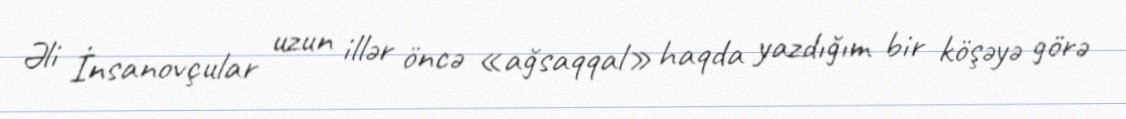
Əli İnsanovçular uzun illər öncə «ağsaqqal» haqda yazdığım bir köşəyə görə